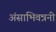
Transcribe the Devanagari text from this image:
अंसाभिवत्रनी